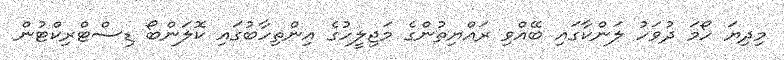
މިދިޔަ ހޯމަ ދުވަހު ލަންކާގައި ބޭއްވި ރައްޔިތުންގެ މަޖިލީހުގެ އިންތިހާބުގައި ކޮލަންބޯ ޑިސްޓްރިކްޓުން